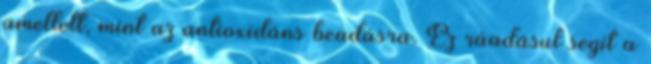
amellett, mint az antioxidáns beadásra. Ez ráadásul segít a